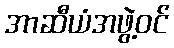
အာဆီယံအဖွဲ့ဝင်